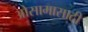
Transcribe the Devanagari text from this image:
ओसामासाठी